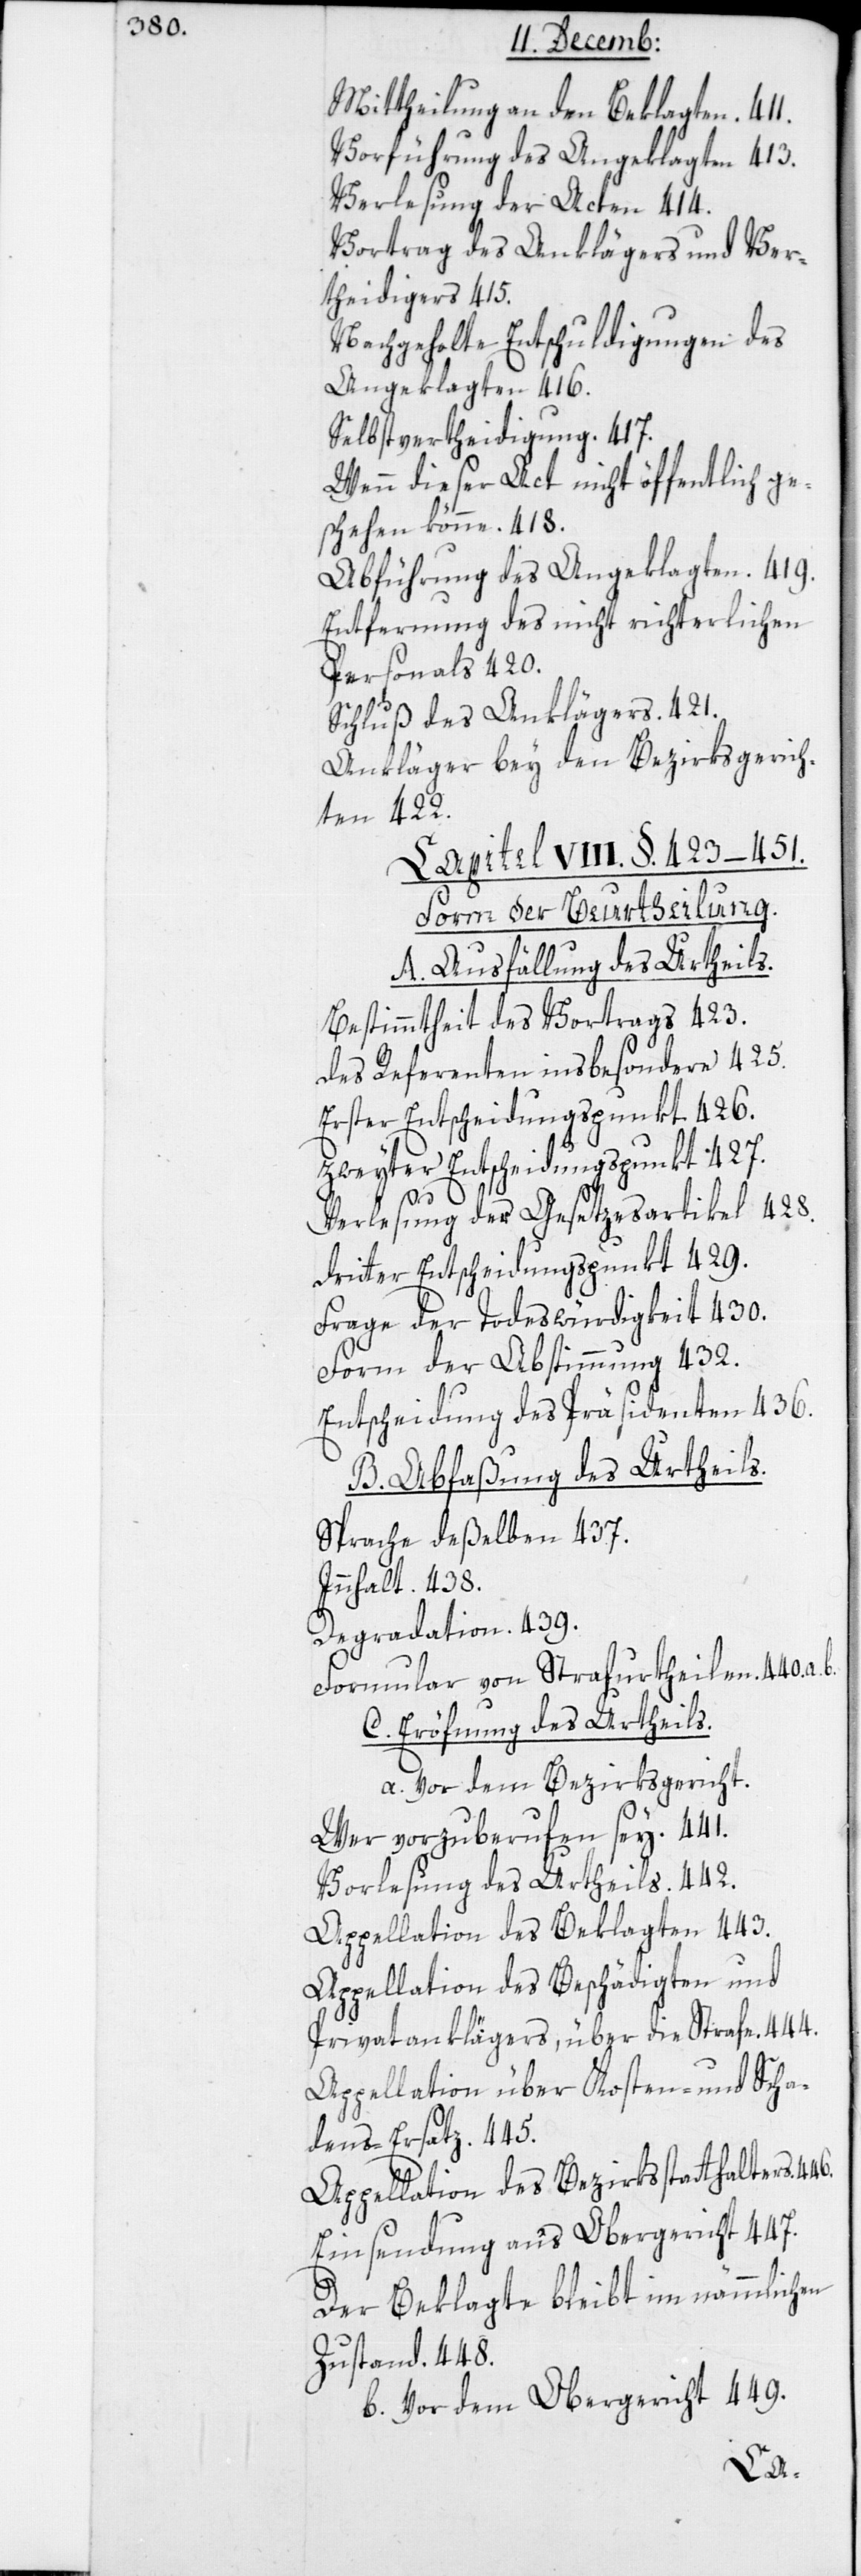
Mittheilung an den Beklagten. 411.
Vorführung des Angeklagten. 413.
Verlesung der Acten. 414.
Vortrag des Anklägers und Ver¬
theidigers. 415.
Nachgeholte Entschuldigungen des
Angeklagten. 419.
Entfernung des nicht richterlichen
Personals 420.
Schluß des Anklägers. 421.
Ankläger bey den Bezirksgerich¬
ten 422.
Capitel VIII. §. 423–451.
Form der Beurtheilung.
A. Ausfällung des Urtheils.
Bestimmtheit des Vortrags 423.
des Referenten insbesondere 425.
Erster Entscheidungspunkt. 426.
Zweyter Entscheidungspunkt. 427.
Verlesung der Gesetzesartikel. 428.
Dritter Entscheidungspunkt. 429.
Frage der Todeswürdigkeit. 430.
Form der Abstimmung 432.
Entscheidung des Präsidenten 436.
B. Abfaßung des Urtheils.
Sprach deßelben 437.
Innhalt. 438.
Degradation. 439.
Formular von Strafurtheilen. 440.a.b.
C. Eröfnung des Urtheils.
a. Vor dem Bezirksgericht.
Wer vorzuberufen sey. 441.
Vorlesung des Urtheils. 442.
Appellation des Beklagten. 443.
Appellation des Beschädigten und
Privatanklägers, über die Strafe. 444.
Appellation über Kosten- und Scha¬
dens-Ersatz. 445.
Appellation des Bezirksstatthalters.
Einsendung ans Obergericht. 447.
Der Beklagte bleibt im nämmlichen
Zustand. 448.
b. vor dem Obergericht 449.